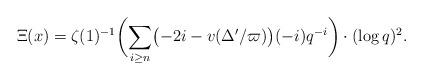
LaTeX: \begin{align*}\Xi(x)=\zeta(1)^{-1}\biggl(\sum_{i\geq n}\bigl(-2i-v(\Delta'/\varpi)\bigr)(-i) q^{-i}\biggr)\cdot (\log q)^2.\end{align*}